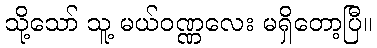
သို့သော် သူ့ မယ်ဝဏ္ဏလေး မရှိတော့ပြီ။